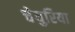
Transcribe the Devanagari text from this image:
चेयुरिया